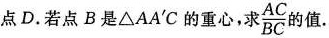
点D.若点B是△AA^{\prime}C的重心，求 \frac{AC}{BC}的值.